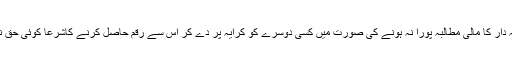
کرایہ دار کا مالی مطالبہ پورا نہ ہونے کی صورت میں کسی دوسرے کو کرایہ پر دے کر اس سے رقم حاصل کرنے کاشرعاً کوئی حق نہیں ۔